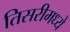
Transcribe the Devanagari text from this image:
तिसरीमध्ये